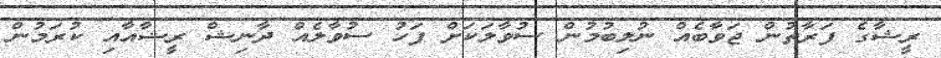
ރީޝާގެ ފަރާތުން ޖަވާބެއް ނުލިބުމުން ސުވާލަކަށް ފަހު ސުވާލެއް ދާނިޝް ރީޝާއާާއި ކުރަމުން